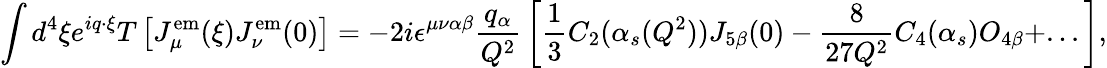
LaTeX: \int d^{4}\xi e^{iq\cdot\xi}T\left[J_{\mu}^{\mathrm{em}}(\xi)J_{\nu}^{\mathrm{em}}(0)\right]=-2i\epsilon^{\mu\nu\alpha\beta}{\frac{q_{\alpha}}{Q^{2}}}\left[{\frac{1}{3}}C_{2}(\alpha_{s}(Q^{2}))J_{5\beta}(0)-{\frac{8}{27Q^{2}}}C_{4}(\alpha_{s})O_{4\beta}+...\right],